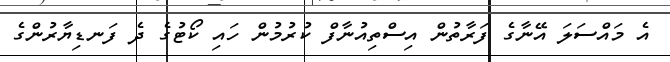
އެ މައްސަލަ އޭނާގެ ފަރާތުން އިސްތިއުނާފް ކުރުމުން ހައި ކޯޓުގެ ދެ ފަނޑިޔާރުންގެ